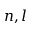
n , l